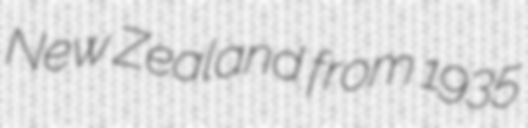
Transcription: New Zealand from 1935